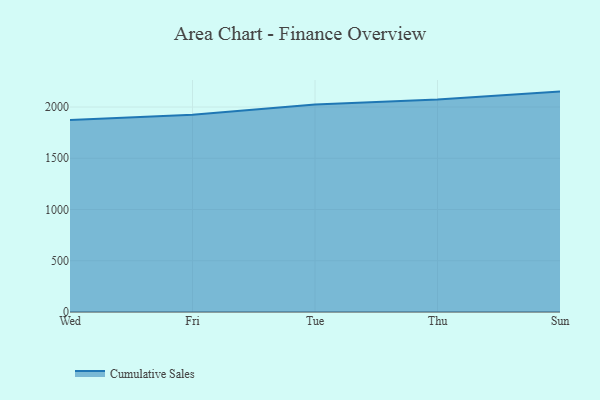
{"axis": {"x": "Day", "y": "Waste Production (Tons)"}, "legend": ["Cumulative Sales"], "data": [{"x": "Wed", "y": 1872.6, "type": "Cumulative Sales"}, {"x": "Fri", "y": 1924.4, "type": "Cumulative Sales"}, {"x": "Tue", "y": 2024.8, "type": "Cumulative Sales"}, {"x": "Thu", "y": 2072.4, "type": "Cumulative Sales"}, {"x": "Sun", "y": 2150.3, "type": "Cumulative Sales"}]}